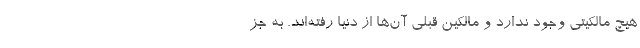
هیچ مالکیتی وجود ندارد و مالکین قبلی آن‌ها از دنیا رفته‌اند. به جز